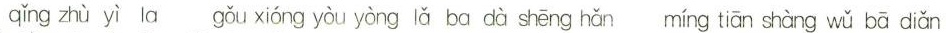
qǐng zhù yì la gǒu xióng yòu yòng lǎ ba dà shēng hǎn míng tiān shàng wǔ bā diǎn